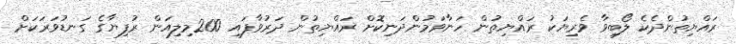
ރައްޔިތުންދެކެ ލޯބިވާ ވެރިޔަކު ރައްޔިތުން ހަނާވަމުންދަނިކޮށް ރައްޔިތުން ދަރުވާފައި 200މިލިއަން ރުފިޔާގެ ގަނޑުވަރަކަށް